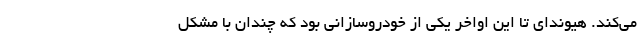
می‌کند. هیوندای تا این اواخر یکی از خودروسازانی بود که چندان با مشکل